Plague in India, 1896, 1897 - Volume 3
Year: 1896
Disease focus: Plague
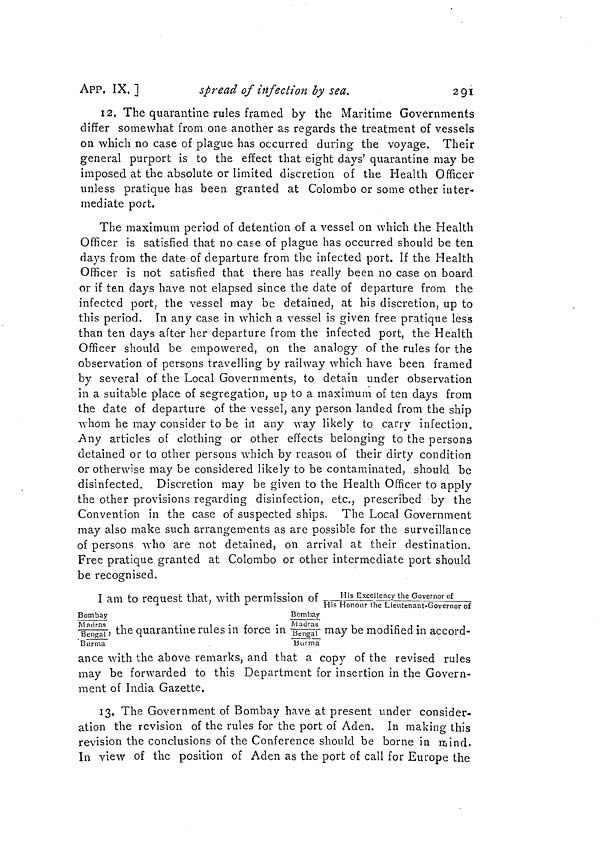
APP. IX, ]
spread of infection by sea.
291
12. The quarantine rules framed by the Maritime Governments
differ somewhat from one another as regards the treatment of vessels
O
on which no case of plague has occurred during the voyage. Their
general purport is to the effect that eight days' quarantine may be
imposed at the absolute or limited discretion of the Health Officer
unless pratique has been granted at Colombo or some other inter-
mediate port.
The maximum period of detention of a vessel on which the Health
Officer is satisfied that no case of plague has occurred should be ten
days from the date of departure from the infected port. If the Health
Officer is not satisfied that there has really been no case on board
or if ten days have not elapsed since the date of departure from the
infected port, the vessel may be detained, at his discretion, up to
this period. In any case in which a vessel is given free pratique less
than ten days after her departure from the infected port, the Health
Officer should be empowered, on the analogy of the rules for the
observation of persons travelling by railway which have been framed
by several of the Local Governments, to detain under observation
in a suitable place of segregation, up to a maximum of ten days from
the date of departure of the vessel, any person landed from the ship
whom he may consider to be in any way likely to carry infection.
Any articles of clothing or other effects belonging to the persons
detained or to other persons which by reason of their dirty condition
or otherwise may be considered likely to be contaminated, should be
disinfected. Discretion may be given to the Health Officer to apply
the other provisions regarding disinfection, etc., prescribed by the
Convention in the case of suspected ships. The Local Government
may also make such arrangements as are possible for the surveillance
of persons who are not detained, on arrival at their destination.
Free pratique granted at Colombo or other intermediate port should
be recognised.
I am to request that, with permission of
His Excellency the Governor of
Honour the Lieutenant-Governor of
Bombay
Madras
Bengal'
Burma
the quarantine rules in force in
Bombay
Madras
Bengal
Burma
may be modified in accord-
ance with the above remarks, and that a copy of the revised rules
may be forwarded to this Department for insertion in the Govern-
ment of India Gazette.
13. The Government of Bombay have at present under consider-
ation the revision of the rules for the port of Aden. In making this
revision the conclusions of the Conference should be borne in mind.
In view of the position of Aden as the port of call for Europe the